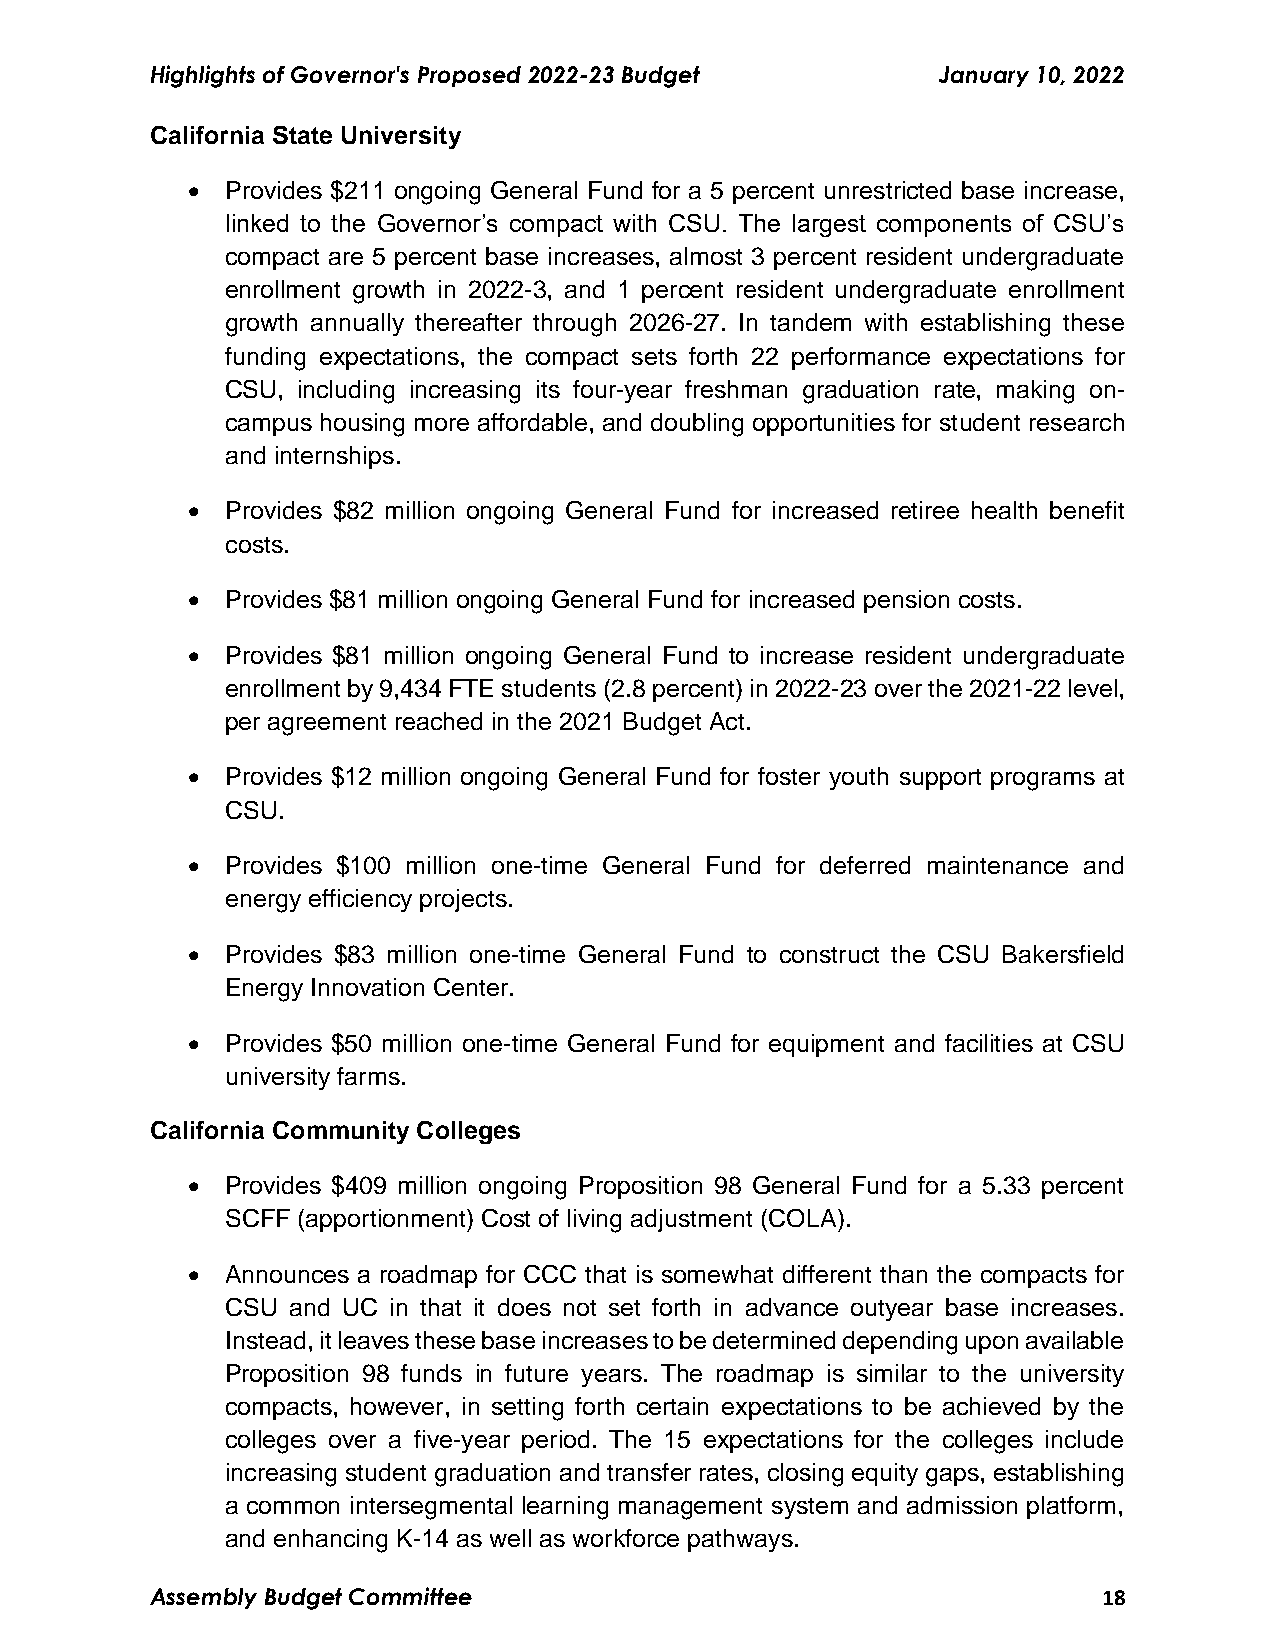
Highlights of Governor's Proposed 2022-23 Budget    January 10, 2022
 California State University
   Provides $211 ongoing General Fund for a 5 percent unrestricted base increase,
 linked to the Governor’s compact with CSU. The largest components of CSU’s
 compact are 5 percent base increases, almost 3 percent resident undergraduate
 enrollment growth in 2022-3, and 1 percent resident undergraduate enrollment
 growth annually thereafter through 2026-27. In tandem with establishing these
 funding expectations, the compact sets forth 22 performance expectations for
 CSU, including increasing its four-year freshman graduation rate, making on-
 campus housing more affordable, and doubling opportunities for student research
 and internships.
   Provides $82 million ongoing General Fund for increased retiree health benefit
 costs.
   Provides $81 million ongoing General Fund for increased pension costs.
   Provides $81 million ongoing General Fund to increase resident undergraduate
 enrollment by 9,434 FTE students (2.8 percent) in 2022-23 over the 2021-22 level,
 per agreement reached in the 2021 Budget Act.
   Provides $12 million ongoing General Fund for foster youth support programs at
 CSU.
   Provides $100 million one-time General Fund for deferred maintenance and
 energy efficiency projects.
   Provides $83 million one-time General Fund to construct the CSU Bakersfield
 Energy Innovation Center.
   Provides $50 million one-time General Fund for equipment and facilities at CSU
 university farms.
 California Community Colleges
   Provides $409 million ongoing Proposition 98 General Fund for a 5.33 percent
 SCFF (apportionment) Cost of living adjustment (COLA).
   Announces a roadmap for CCC that is somewhat different than the compacts for
 CSU and UC in that it does not set forth in advance outyear base increases.
 Instead, it leaves these base increases to be determined depending upon available
 Proposition 98 funds in future years. The roadmap is similar to the university
 compacts, however, in setting forth certain expectations to be achieved by the
 colleges over a five-year period. The 15 expectations for the colleges include
 increasing student graduation and transfer rates, closing equity gaps, establishing
 a common intersegmental learning management system and admission platform,
 and enhancing K-14 as well as workforce pathways.
 Assembly Budget Committee                                      18